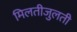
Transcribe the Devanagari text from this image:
मिलतीजुलती